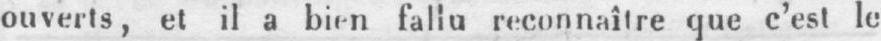
ouverts, et il a bien fallu reconnaître que c’est le